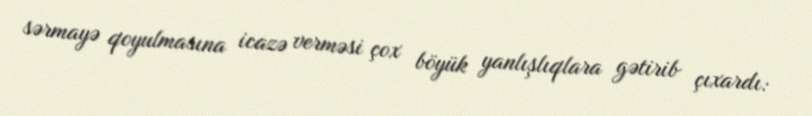
sərmayə qoyulmasına icazə verməsi çox böyük yanlışlıqlara gətirib çıxardı: